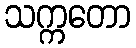
သက္ကတော